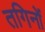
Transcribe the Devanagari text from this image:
तगिनों